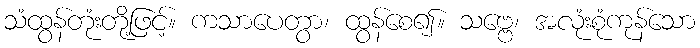
သံထွန်တုံးတို့ဖြင့်။ ကသာပေတွာ၊ ထွန်စေ၍။ သဗ္ဗေ၊ အလုံးစုံကုန်သော